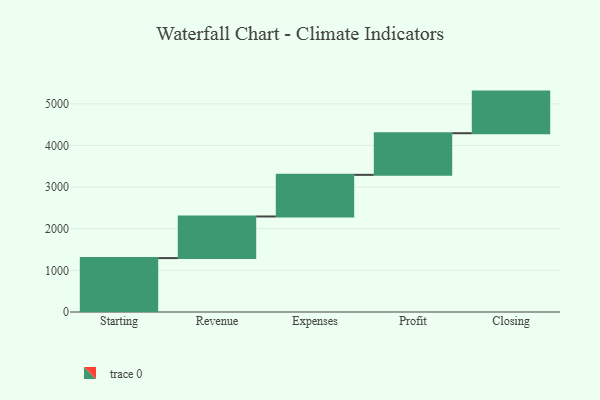
{"axis": {"x": "Step", "y": "Value"}, "legend": [""], "data": [{"x": "Starting", "y": 1295.0, "type": ""}, {"x": "Revenue", "y": 1000, "type": ""}, {"x": "Expenses", "y": 1000, "type": ""}, {"x": "Profit", "y": 1000, "type": ""}, {"x": "Closing", "y": 1000, "type": ""}]}